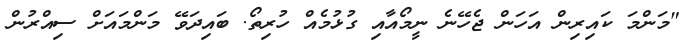
"މަންމަ ކައިރިން އަހަން ޖެހޭނެ ނީމޯއާއި ގުޅުމެއް ހުރިތޯ. ބައިދަވޭ މަންމައަށް ސިއްރުން